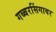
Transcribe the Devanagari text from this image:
गब्बरसिंगावर